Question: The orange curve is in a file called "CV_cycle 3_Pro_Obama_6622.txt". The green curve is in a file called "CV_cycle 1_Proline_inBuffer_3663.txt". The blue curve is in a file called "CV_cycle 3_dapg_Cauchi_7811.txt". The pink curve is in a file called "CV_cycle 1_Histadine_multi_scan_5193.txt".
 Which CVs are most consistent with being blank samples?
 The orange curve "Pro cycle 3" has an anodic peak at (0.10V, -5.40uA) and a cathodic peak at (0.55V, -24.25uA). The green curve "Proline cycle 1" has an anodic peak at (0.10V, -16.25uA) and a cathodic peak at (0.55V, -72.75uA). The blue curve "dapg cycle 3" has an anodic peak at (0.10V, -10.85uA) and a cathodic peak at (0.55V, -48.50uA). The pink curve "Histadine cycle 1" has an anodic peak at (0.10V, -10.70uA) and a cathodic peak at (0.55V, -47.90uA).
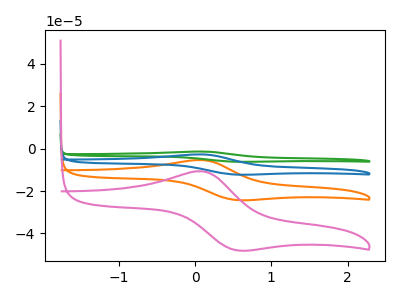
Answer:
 <answer>There are not any CV's on this graph that are likely to be blanks.</answer>
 <eval>none</eval>